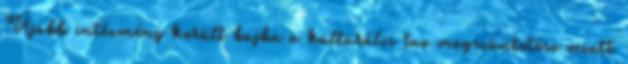
Újabb intézmény került bajba a kulturális tao megszüntetése miatt